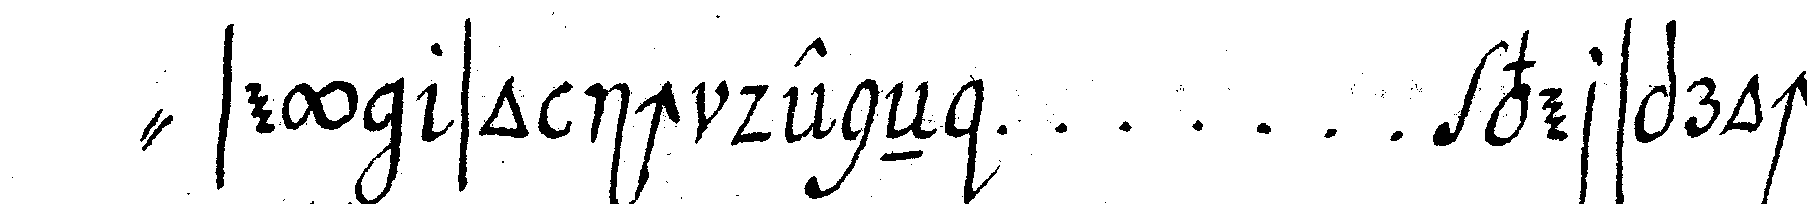
" sey so ich deneN ... versprocheN